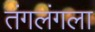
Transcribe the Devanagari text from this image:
तंगलंगला